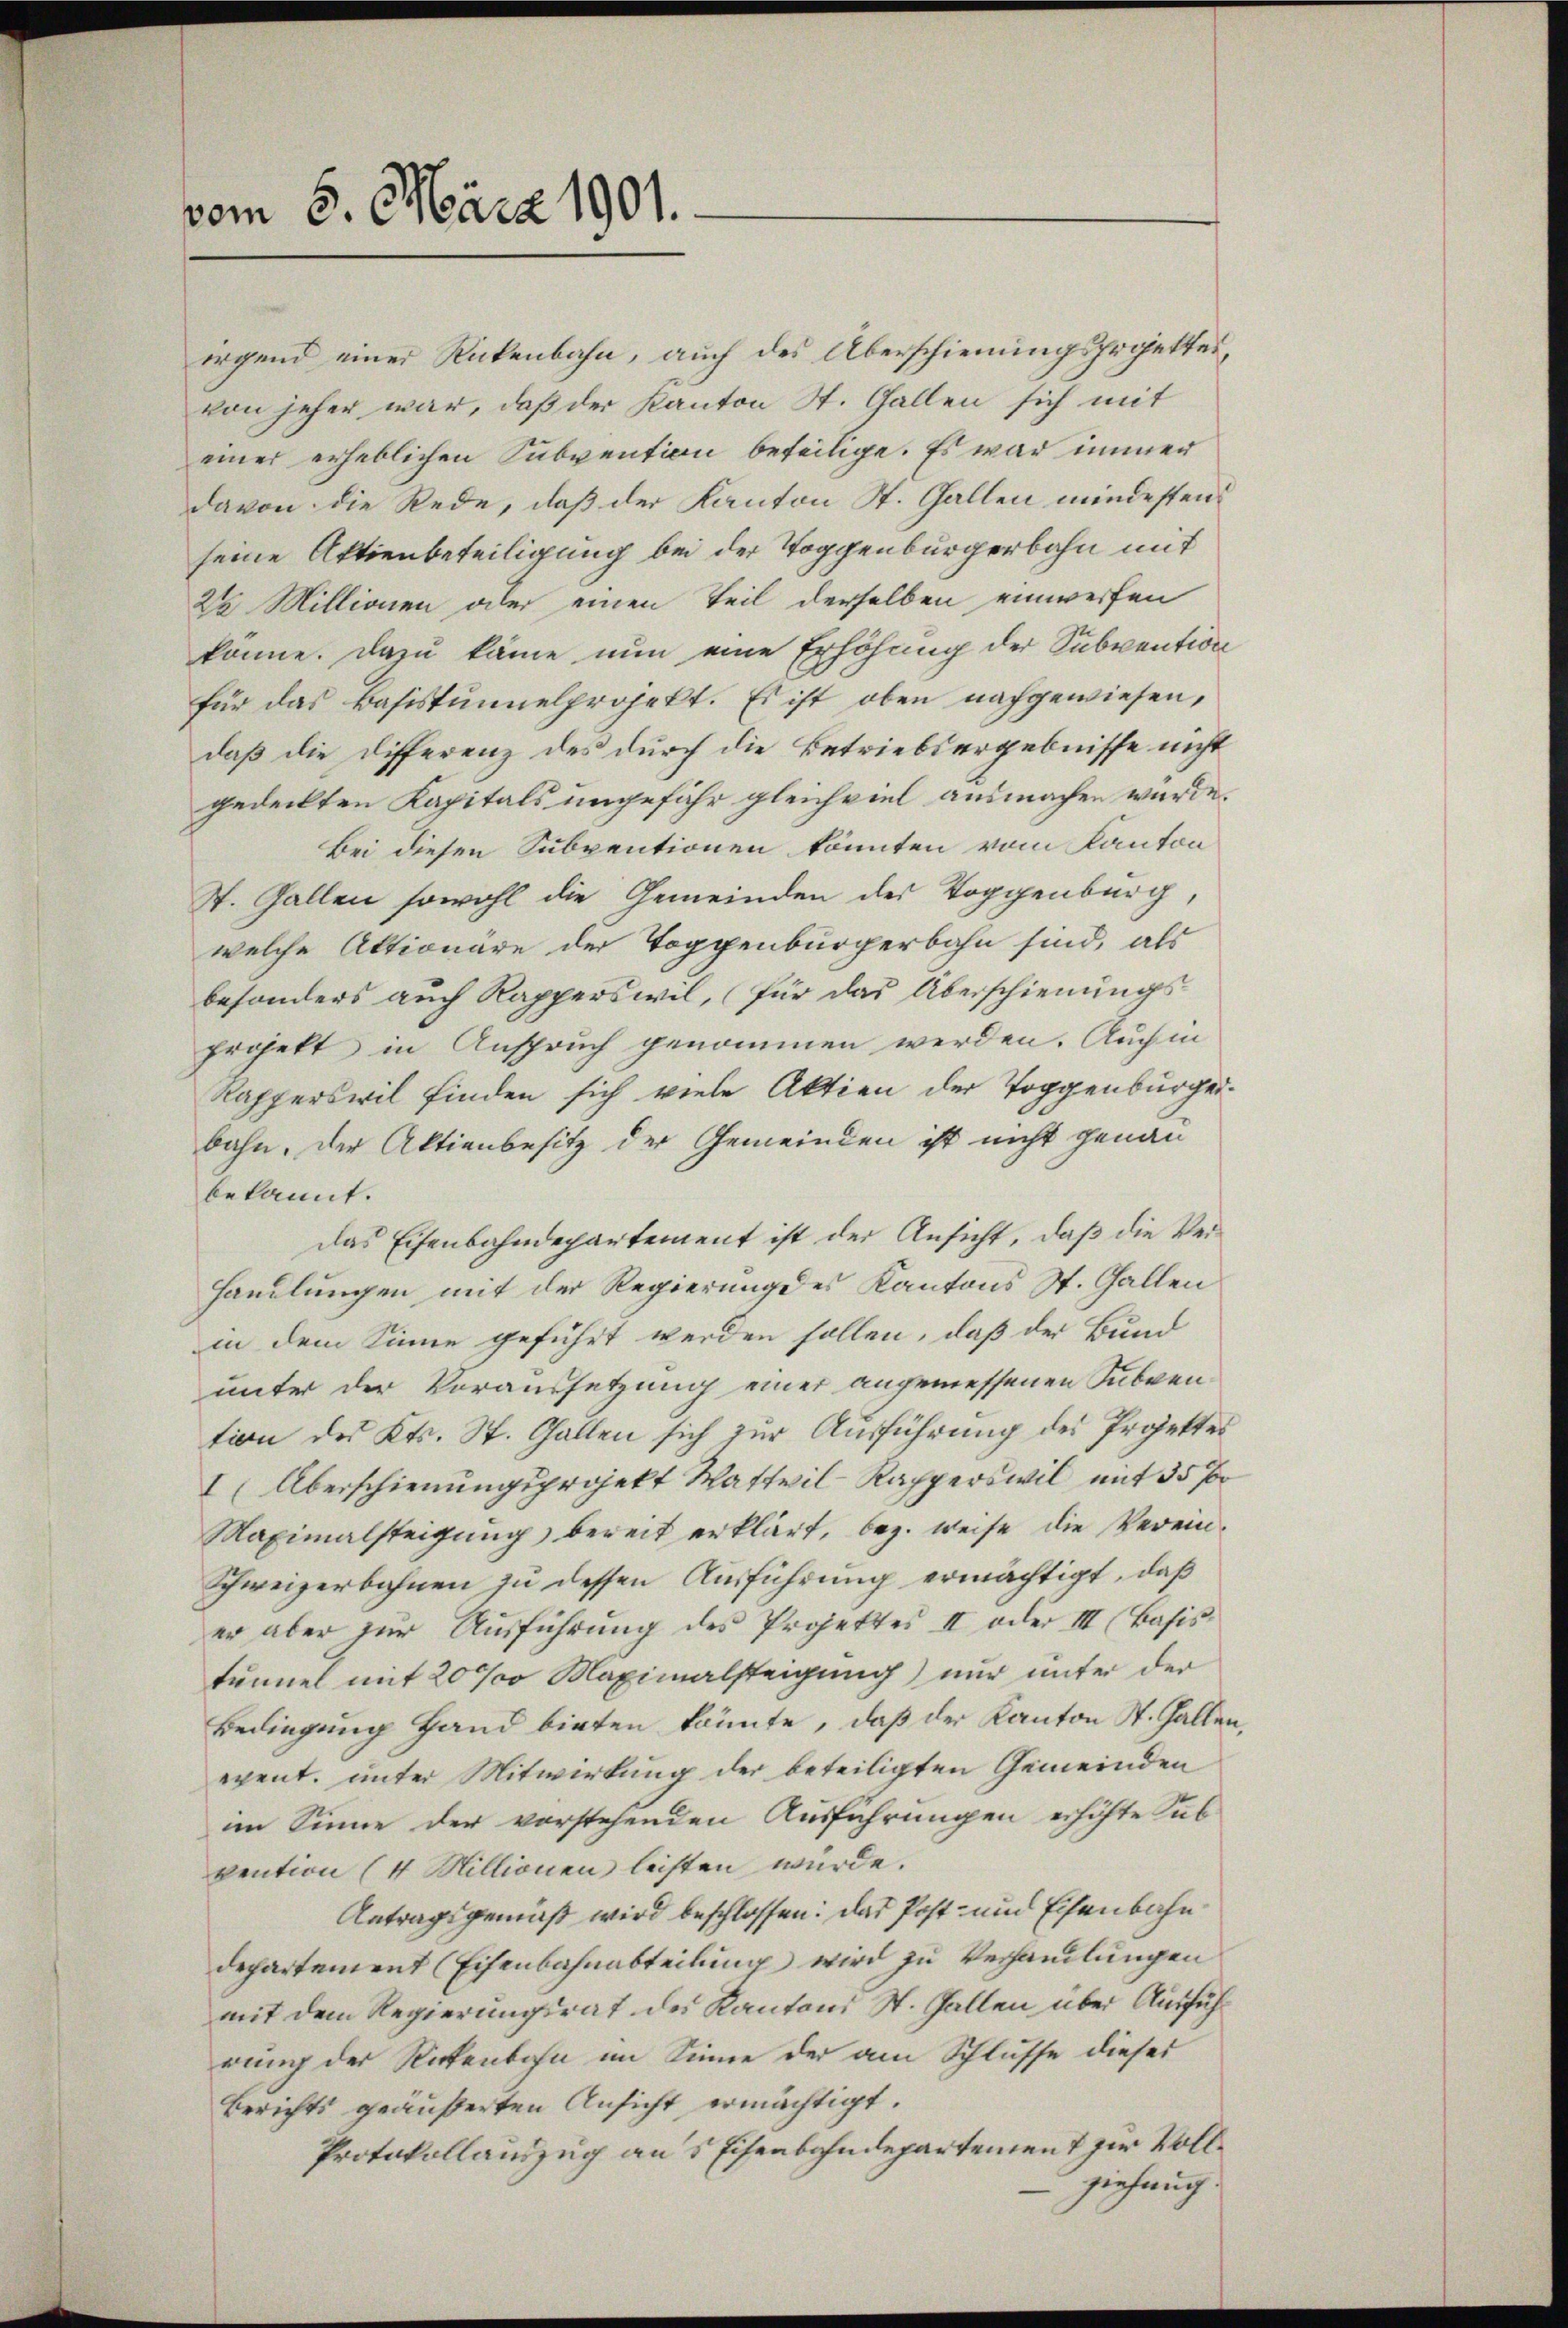
vom 6. März 1901.

irgend einer Rückenbahn, auch des Überschienungsprojekten,
von jeher war, daß der Kanton St. Gallen sich mit
einer erheblichen Subvention beteilige. Es war immer
davon die Rede, daß der Kanton St. Gallen mindesten.
seine Aktienbeteiligung bei der Toggenbürgerbahn mit
Da Millionen oder einen Teil derselben einwerfen
könne. Dazu käme nun eine Erhöhung der Subvention
für das Basistunnelprojekt. Es ist oben nachgewiesen,
daß die Differenz des durch die Betriebsergebnisse nicht
gedeckten Kapitals ungefähr gleichviel ausmachen würde.
Bei diesen Subventionen könnten vom Kanton
St. Gallen sowohl die Gemeinden des Toggenburg,
welche Aktionäre der Toppenbürgerbahn sind, als
besonders auch Rapperswil, für das Überschienungs¬
Projekt in Anspruch genommen werden. Auch in
Rapperswil finden sich viele Aktien der Toggenburgerbahn. Der Aktienbesitz der Gemeinden ist nicht genau
bekannt.
das Eisenbahndepartement ist der Ansicht, daß die Ver¬
Handlungen mit der Regierung des Kantons St. Gallen
in dem Sinne geführt werden sollen, daß der Bund
unter der Voraussetzung einer angemessenen Subvention des Kts. St. Gallen sich zur Ausführung des Projektes
I Überschienungsprojekt Wattwil Kapperswil mit 35 f
Maximalsteigung bereit erklärt, bez. weise die Verein¬
Schweizerbahnen zu dessen Ausführung ermächtigt, daß
er aber zŭr Aŭsführŭng des Projektes II oder III (Basis
tunnel mit 20 % Maximalsteigung) nur unter der
Bedingung Hand bieten könnte, daß der Kanton St. Gallen,
exent. unter Mitwirkung der beteiligten Gemeinden
im Sinne der vorstehenden Ausfahrungen erhöhte Subvention (4 Millionen leisten würde.
Antragsgemäß wird beschlossen: das Post- und Eisenbahn
departement (Eisenbahnabteilung wird zu Verhandlungen
mit dem Regierungsrat des Kantons St. Gallen über Ausführung der Rickenbahn im Sinne der am Schlusse dieser
Berichts geäußerten Ansicht ermächtigt.
Protokollauszug an 5 Eisenbahndepartement zur Voll¬
 ziehung.